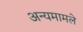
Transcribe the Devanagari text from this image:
अन्यमामले